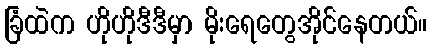
ခြံထဲက ဟိုဟိုဒီဒီမှာ မိုးရေတွေအိုင်နေတယ်။